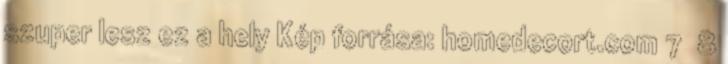
szuper lesz ez a hely Kép forrása: homedecort.com 7 8